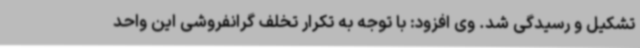
تشکیل و رسیدگی شد. وی افزود: با توجه به تکرار تخلف گرانفروشی این واحد